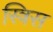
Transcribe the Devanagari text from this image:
स्त्रिस